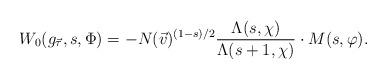
LaTeX: \begin{align*}W_0(g_{\vec{\tau}} ,s,\Phi) = - N(\vec{v})^{(1-s)/2} \frac{\Lambda(s , \chi ) }{\Lambda(s+1,\chi)} \cdot M(s,\varphi).\end{align*}